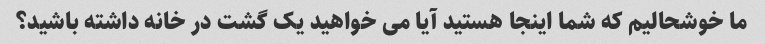
ما خوشحالیم که شما اینجا هستید آیا می خواهید یک گشت در خانه داشته باشید؟